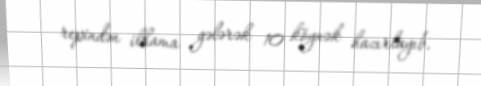
repindən ilhama gələrək 10 köynək hazırlayıb.